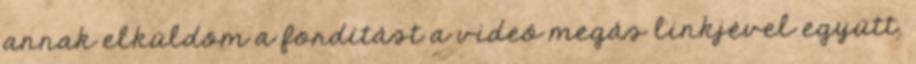
annak elküldöm a fordítást a videó megás linkjével együtt.